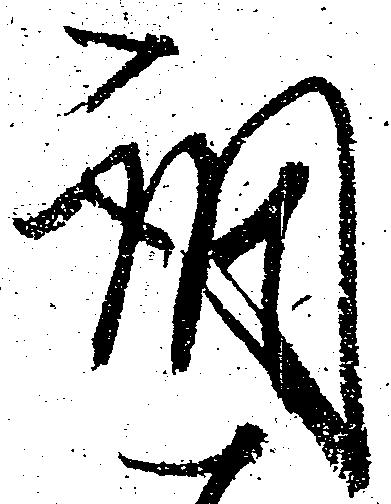
調